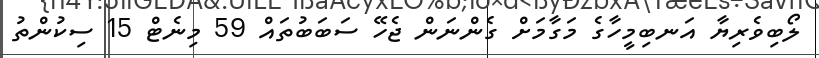
ލޯބިވެރިޔާ އަނބިމީހާގެ މަގާމަށް ގެންނަން ޖެހޭ ސަބަބުތައް 59 މިނެޓް 15 ސިކުންތު